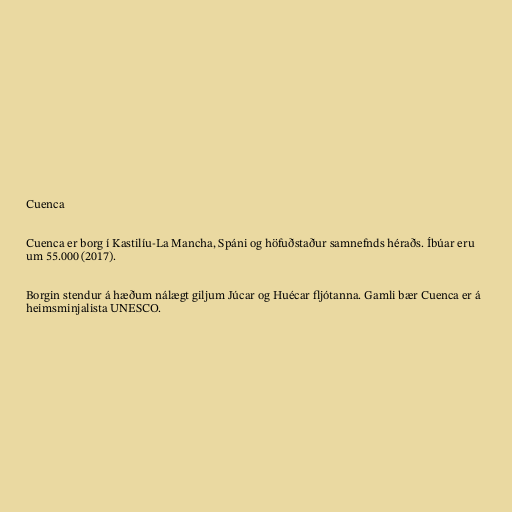
Cuenca

Cuenca er borg í Kastilíu-La Mancha, Spáni og höfuðstaður samnefnds héraðs. Íbúar eru
um 55.000 (2017).

Borgin stendur á hæðum nálægt giljum Júcar og Huécar fljótanna. Gamli bær Cuenca er á
heimsminjalista UNESCO.